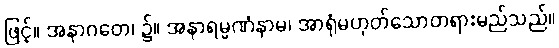
ဖြင့်။ အနာဂတေ၊ ၌။ အနာရမ္မဏံနာမ၊ အာရုံမဟုတ်သောတရားမည်သည်။